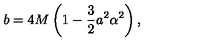
b = 4 M \left( 1 - \frac { 3 } { 2 } a ^ { 2 } \alpha ^ { 2 } \right) ,